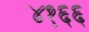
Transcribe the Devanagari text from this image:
४१६६